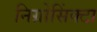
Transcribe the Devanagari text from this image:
निग्रोसिंक्टा